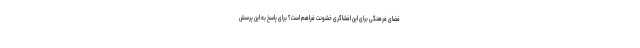
فضای فرهنگی برای این افشاگری خشونت فراهم است؟ برای پاسخ به این پرسش